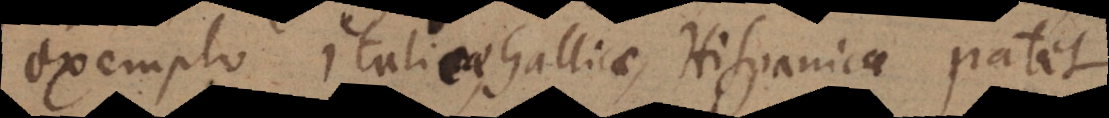
exemplo Italicae, Gallicae, Hispanicae patet.